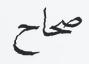
صحاح